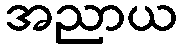
အညာယ